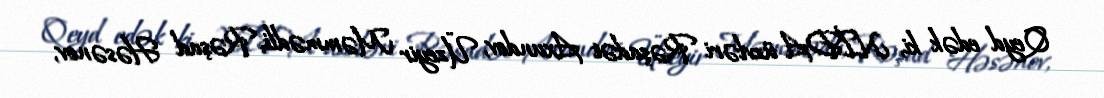
Qeyd edək ki, NİDA üzvləri Rəşadət Axundov, Üzeyir Məmmədli, Rəşad Həsənov,